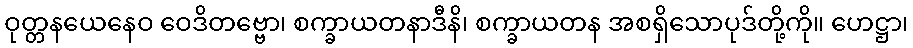
ဝုတ္တနယေနေဝ ဝေဒိတဗ္ဗော၊ စက္ခာယတနာဒီနိ၊ စက္ခာယတန အစရှိသောပုဒ်တို့ကို။ ဟေဋ္ဌာ၊